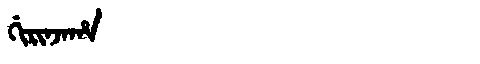
Manchu: ᡤᡳᡵᡳᠨᠵᠠᡥᠠ
Romanization: GIRINJAHA